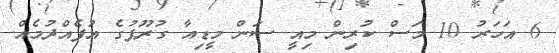
6 އަހަރު 10 މަސް ކުރިން މިއީ ސަން މީޑިއާ ގުރޫޕުގެ އުފެއްދުމެއް.